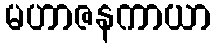
မဟာဇနကာယာ